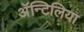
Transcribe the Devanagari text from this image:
अॅन्टिलिया